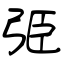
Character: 弫